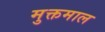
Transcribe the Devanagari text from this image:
मुक्तमाल